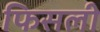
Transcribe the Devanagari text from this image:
फिसली